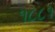
૧૮૮૧